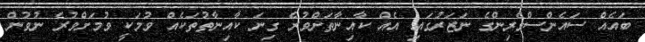
ބައެއް ސައެންސްވެރިންގެ ނަޒަރުގައި އެއް ކާއިނާތަށްވުރެ ގިނަ ކާއިނާތުތަކެއް ވުމަކީ ވުމަށްވުރެ ނުވުން